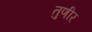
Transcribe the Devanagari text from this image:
तुणीर